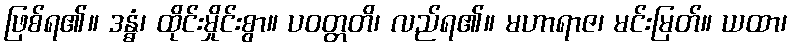
ဖြစ်ရ၏။ ဒန္ဓံ၊ ထိုင်းမှိုင်းစွာ။ ပဝတ္တတိ၊ လည်ရ၏။ မဟာရာဇ၊ မင်းမြတ်။ ယထာ၊